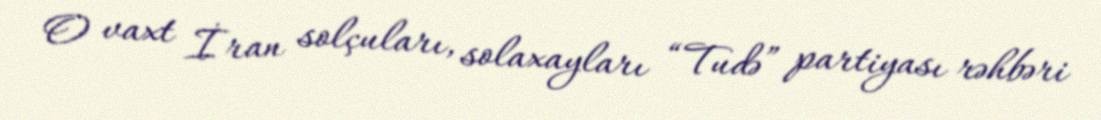
O vaxt İran solçuları, solaxayları “Tudə” partiyası rəhbəri